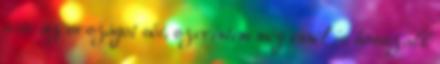
tette az országot sőt, szerintem még ennél is hosszabb